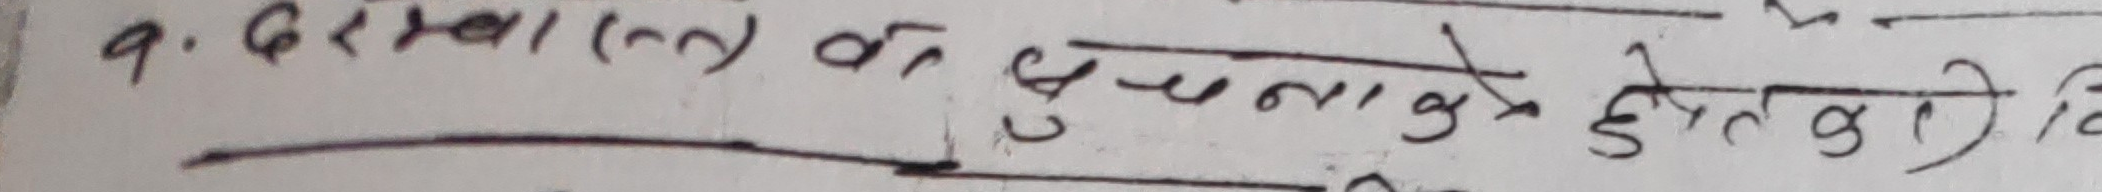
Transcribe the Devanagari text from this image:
१. दरख्वास्त की दुर्घटना के क्षेत्र का वि